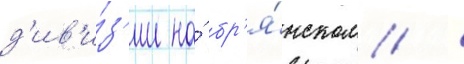
д'ив'и́з'ии на́ бр'я́нском /